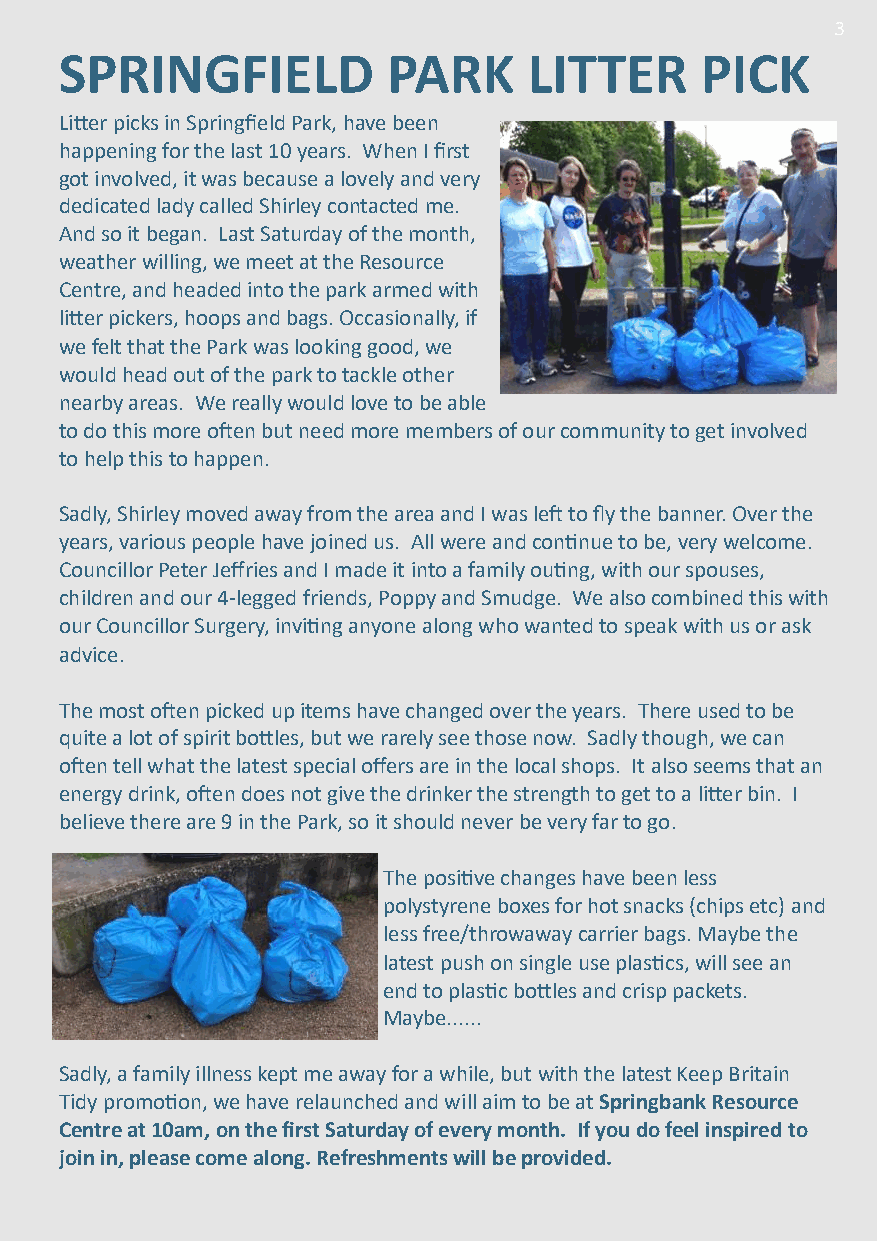
3
 SPRINGFIELD           PARK     LITTER     PICK
 Litter picks in Springfield Park, have been
 happening for the last 10 years. When I first
 got involved, it was because a lovely and very
 dedicated lady called Shirley contacted me.
 And so it began. Last Saturday of the month,
 weather willing, we meet at the Resource
 Centre, and headed into the park armed with
 litter pickers, hoops and bags. Occasionally, if
 we felt that the Park was looking good, we
 would head out of the park to tackle other
 nearby areas. We really would love to be able
 to do this more often but need more members of our community to get involved
 to help this to happen.
 Sadly, Shirley moved away from the area and I was left to fly the banner. Over the
 years, various people have joined us. All were and continue to be, very welcome.
 Councillor Peter Jeffries and I made it into a family outing, with our spouses,
 children and our 4-legged friends, Poppy and Smudge. We also combined this with
 our Councillor Surgery, inviting anyone along who wanted to speak with us or ask
 advice.
 The most often picked up items have changed over the years. There used to be
 quite a lot of spirit bottles, but we rarely see those now. Sadly though, we can
 often tell what the latest special offers are in the local shops. It also seems that an
 energy drink, often does not give the drinker the strength to get to a litter bin. I
 believe there are 9 in the Park, so it should never be very far to go.
 The positive changes have been less
 polystyrene boxes for hot snacks (chips etc) and
 less free/throwaway carrier bags. Maybe the
 latest push on single use plastics, will see an
 end to plastic bottles and crisp packets.
 Maybe......
 Sadly, a family illness kept me away for a while, but with the latest Keep Britain
 Tidy promotion, we have relaunched and will aim to be at Springbank Resource
 Centre at 10am, on the first Saturday of every month. If you do feel inspired to
 join in, please come along. Refreshments will be provided.